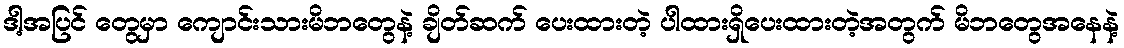
ဒါ့အပြင် တွေမှာ ကျောင်းသားမိဘတွေနဲ့ ချိတ်ဆက် ပေးထားတဲ့ ပါထားရှိပေးထားတဲ့အတွက် မိဘတွေအနေနဲ့